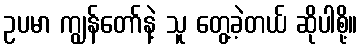
ဥပမာ ကျွန်တော်နဲ့ သူ တွေ့ခဲ့တယ် ဆိုပါစို့။